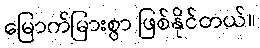
မြောက်မြားစွာ ဖြစ်နိုင်တယ်။